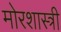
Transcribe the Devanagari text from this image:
मोरशास्त्री